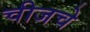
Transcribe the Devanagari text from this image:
चीजचे